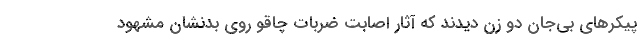
پیکرهای بی‌جان دو زن دیدند که آثار اصابت ضربات چاقو روی بدنشان مشهود